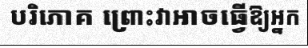
បរិភោគ ព្រោះវាអាចធ្វើឱ្យអ្នក